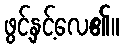
ဖွင့်နှင့်လေ၏။